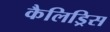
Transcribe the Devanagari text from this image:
कैलिड्रिस